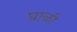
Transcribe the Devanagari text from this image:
घाळी